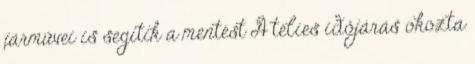
járművei is segítik a mentést A télies időjárás okozta